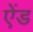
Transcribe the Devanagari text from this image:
एेंड